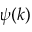
\psi ( k )